Report of the Hyderabad Chloroform Commission
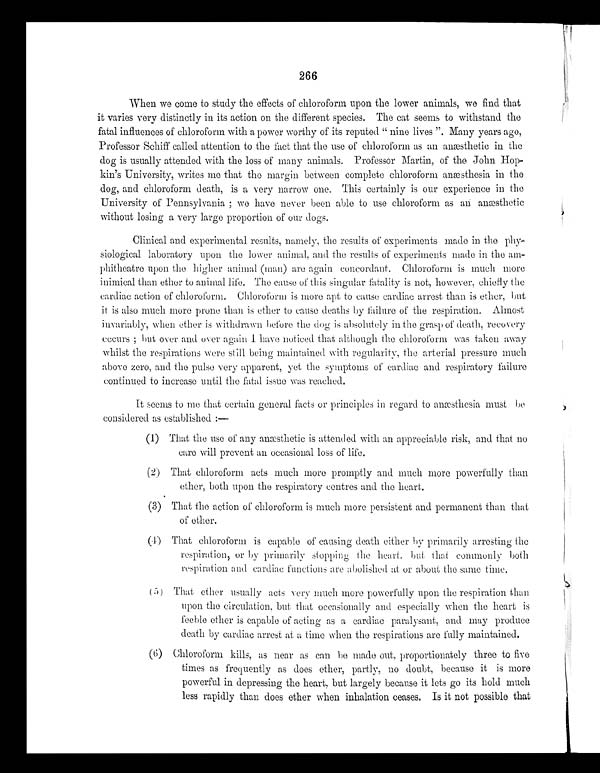
266
When we come to study the effects of chloroform upon the lower animals, we find that
it varies very distinctly in its action on the different species. The cat seems to withstand the
fatal influences of chloroform with a power worthy of its reputed "nine lives". Many years ago,
Professor Schiff called attention to the fact that the use of chloroform as an anæsthetic in the
dog is usually attended with the loss of many animals. Professor Martin, of the John Hop-
kin's University, writes me that the margin between complete chloroform anæsthesia in the
dog, and chloroform death, is a very narrow one, This certainly is our experience in the
University of Pennsylvania; we have never been able to use chloroform as an anæsthetic
without losing a very large proportion of our dogs.
Clinical and experimental results, namely, the results of experiments made in the phy-
siological laboratory upon the lower animal, and the results of experiments made in the am-
phitheatre upon the higher animal (man) are again concordant. Chloroform is much more
inimical than ether to animal life. The cause of this singular fatality is not, however, chiefly the
cardiac action of chloroform. Chloroform is more apt to cause cardiac arrest than is ether, but
it is also much more prone than is ether to cause deaths by failure of the respiration. Almost
invariably, when ether is withdrawn before the dog is absolutely in the grasp of death, recovery
occurs; but over and over again I have noticed that although the chloroform was taken away
whilst the respirations were still being maintained with regularity, the arterial pressure much
above zero, and the pulse very apparent, yet the symptoms of cardiac and respiratory failure
continued to increase until the fatal issue was reached.
It seems to me that certain general facts or principles in regard to anæsthesia must be
considered as established:—
(1) That the use of any anæsthetic is attended with an appreciable risk, and that no
care will prevent an occasional loss of life.
(2) That chloroform acts much more promptly and much more powerfully than
ether, both upon the respiratory centres and the heart.
(3) That the action of chloroform is much more persistent and permanent than that
of other.
( 4 )
T h a t c h l o r o f o r m i s c a p a b l e o f c a u s i n g d e a t h e i t h e rb
y
p r i m a r i l y a r r e s t i n g t h e
respiration, or by primarily stopping the heart. but that commonly both
respiration and cardiac functions are abolished at or about the same time.
(5) That ether usually acts very much more powerfully upon the respiration than
upon the circulation, but that occasionally and especially when the heart is
feeble ether is capable of acting as a cardiac paralysant, and may produce
death by cardiac arrest at a time when the respirations are fully maintained.
(6) Chloroform kills, as near as can be made out, proportionately three to five
times as frequently as does ether, partly, no doubt, because it is more
powerful in depressing the heart, but largely because it lets go its hold much
less rapidly than does ether when inhalation ceases. Is it not possible that